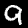
Label: 9